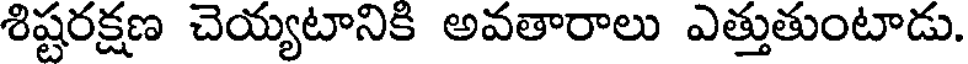
శిష్టరక్షణ చెయ్యటానికి అవతారాలు ఎత్తుతుంటాడు.